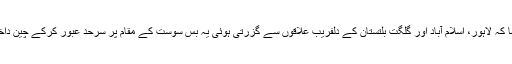
انہوں نے کہا کہ لاہور، اسلام آباد اور گلگت بلتستان کے دلفریب علاقوں سے گزرتی ہوئی یہ بس سوست کے مقام پر سرحد عبور کرکے چین داخل ہوتی ہے۔